Report of the Indian Hemp Drugs Commission, 1894-1895 - Volume VIII
Year: 1894
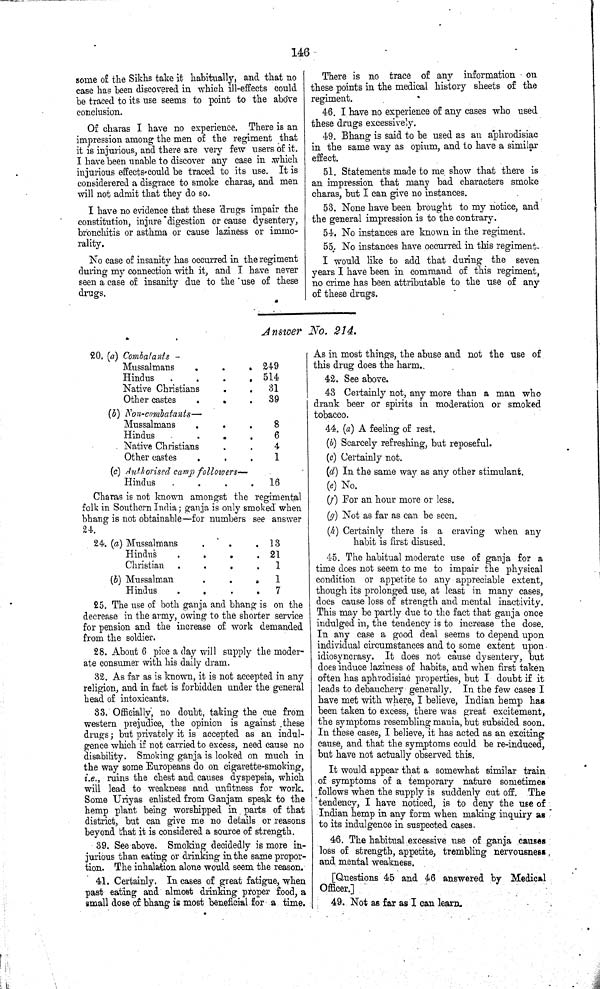
146
some of the Sikhs take it habitually, and that no
case has been discovered in which ill-effects could
be traced to its use seems to point to the above
conclusion.
Of charas I have no experience. There is an
impression among the men of the regiment that
it is injurious, and there are very few users of it.
I have been unable to discover any case in which
injurious effects could be traced to its use. It is
considerered a disgrace to smoke charas, and men
will not admit that they do so.
I have no evidence that these drugs impair the
constitution, injure digestion or cause dysentery,
bronchitis or asthma or cause laziness or immo¬
rality.
No case of insanity has occurred in the regiment
during my connection with it, and I have never
seen a case of insanity due to the use of these
drugs.
There is no trace of any information on
these points in the medical history sheets of the
regiment.
46. I have no experience of any cases who used
these drugs excessively.
49. Bhang is said to be used as an aphrodisiae
in the same way as opium, and to have a similar
effect.
51. Statements made to me show that there is
an impression that many bad characters smoke
charas, but I can give no instances.
53. None have been brought to my notice, and
the general impression is to the contrary.
54. No instances are known in the regiment.
55. No instances have occurred in this regiment.
I would like to add that during the seven
years I have been in command of this regiment,
no crime has been attributable to the use of any
of these drugs.
Answer No. 214.
20. (a) Combatants-
Mussalmans
249
Hindus
514
Native Christians
31
Other castes
39
(b) Non-combatants—
Mussalmans
8
Hindus
6
Native Christians
4
Other castes
1
(c) Authorised camp followers—
Hindus
16
Charas is not known amongst the regimental
folk in Southern India; ganja is only smoked when
bhang is not obtainable—for numbers see answer
24.
25. The use of both ganja and bhang is on the
decrease in the army, owing to the shorter service
for pension and the increase of work demanded
from the soldier.
28. About 6 pice a day will supply the moder¬
ate consumer with his daily dram.
32. As far as is known, it is not accepted in any
religion, and in fact is forbidden under the general
head of intoxicants.
33. Officially, no doubt, taking the cue from
western prejudice, the opinion is against these
drugs; but privately it is accepted as an indul¬
gence which if not carried to excess, need cause no
disability. Smoking ganja is looked on much in
the way some Europeans do on cigarette-smoking,
i.e., ruins the chest and causes dyspepsia, which
will lead to weakness and unfitness for work.
Some Uriyas enlisted from Ganjam speak to the
hemp plant being worshipped in parts of that
district, but can give me no details or reasons
beyond that it is considered a source of strength.
39. See above. Smoking decidedly is more in¬
jurious than eating or drinking in the same propor¬
tion. The inhalation alone would seem the reason.
41. Certainly. In cases of great fatigue, when
past eating and almost drinking proper food, a
small dose of bhang is most beneficial for a time.
As in most things, the abuse and not the use of
this drug does the harm.
42. See above.
43 Certainly not, any more than a man who
drank beer or spirits in moderation or smoked
tobacco.
44. (a) A feeling of rest.
(b) Scarcely refreshing, but reposeful.
(c) Certainly not.
(d) In the same way as any other stimulant.
(e) No.
(f) For an hour more or less.
(g) Not as far as can be seen.
(h) Certainly there is a craving when any
habit is first disused.
45. The habitual moderate use of ganja for a
time does not seem to me to impair the physical
condition or appetite to any appreciable extent,
though its prolonged use, at least in many cases,
does cause loss of strength and mental inactivity.
This may be partly due to the fact that ganja once
indulged in, the tendency is to increase the dose.
In any case a good deal seems to depend upon
individual circumstances and to some extent upon
idiosyncrasy. It does not cause dysentery, but
does induce laziness of habits, and when first taken
often has aphrodisiac properties, but I doubt if it
leads to debauchery generally. In the few cases I
have met with where, I believe, Indian hemp has
been taken to excess, there was great excitement,
the symptoms resembling mania, but subsided soon.
In these cases, I believe, it has acted as an exciting
cause, and that the symptoms could be re-induced,
but have not actually observed this.
It would appear that a somewhat similar train
of symptoms of a temporary nature sometimes
follows when the supply is suddenly cut off. The
tendency, I have noticed, is to deny the use of
Indian hemp in any form when making inquiry as
to its indulgence in suspected cases.
46. The habitual excessive use of ganja causes
loss of strength, appetite, trembling nervousness
and mental weakness.
[Questions 45 and 46 answered by Medical
Officer.]
49. Not as far as I can learn.
24. (a) Mussalmans
13
Hindus
21
Christian
1
(b) Mussalman
1
Hindus
7